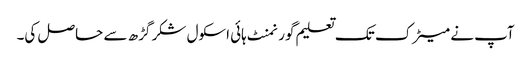
آپ نے میٹرک تک تعلیم گورنمنٹ ہائی اسکول شکر گڑھ سے حاصل کی۔